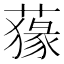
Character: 𦺛